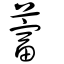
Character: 䔰